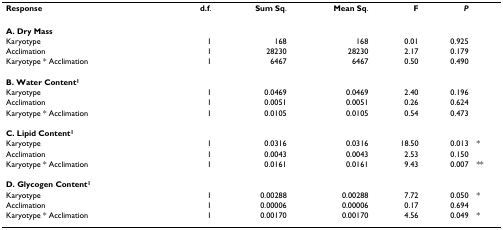
<table><thead><tr><td><b>Response</b></td><td><b>d.f.</b></td><td><b>Sum Sq.</b></td><td><b>Mean Sq.</b></td><td><b>F</b></td><td><b><i>P</i></b></td><td></td></tr></thead><tbody><tr><td><b>A. Dry Mass</b></td><td></td><td></td><td></td><td></td><td></td><td></td></tr><tr><td>Karyotype</td><td>1</td><td>168</td><td>168</td><td>0.01</td><td>0.925</td><td></td></tr><tr><td>Acclimation</td><td>1</td><td>28230</td><td>28230</td><td>2.17</td><td>0.179</td><td></td></tr><tr><td>Karyotype * Acclimation</td><td>1</td><td>6467</td><td>6467</td><td>0.50</td><td>0.490</td><td></td></tr><tr><td><b>B. Water Content<sup>1</sup></b></td><td></td><td></td><td></td><td></td><td></td><td></td></tr><tr><td>Karyotype</td><td>1</td><td>0.0469</td><td>0.0469</td><td>2.40</td><td>0.196</td><td></td></tr><tr><td>Acclimation</td><td>1</td><td>0.0051</td><td>0.0051</td><td>0.26</td><td>0.624</td><td></td></tr><tr><td>Karyotype * Acclimation</td><td>1</td><td>0.0105</td><td>0.0105</td><td>0.54</td><td>0.473</td><td></td></tr><tr><td><b>C. Lipid Content<sup>1</sup></b></td><td></td><td></td><td></td><td></td><td></td><td></td></tr><tr><td>Karyotype</td><td>1</td><td>0.0316</td><td>0.0316</td><td>18.50</td><td>0.013</td><td>*</td></tr><tr><td>Acclimation</td><td>1</td><td>0.0043</td><td>0.0043</td><td>2.53</td><td>0.150</td><td></td></tr><tr><td>Karyotype * Acclimation</td><td>1</td><td>0.0161</td><td>0.0161</td><td>9.43</td><td>0.007</td><td>**</td></tr><tr><td><b>D. Glycogen Content<sup>1</sup></b></td><td></td><td></td><td></td><td></td><td></td><td></td></tr><tr><td>Karyotype</td><td>1</td><td>0.00288</td><td>0.00288</td><td>7.72</td><td>0.050</td><td>*</td></tr><tr><td>Acclimation</td><td>1</td><td>0.00006</td><td>0.00006</td><td>0.17</td><td>0.694</td><td></td></tr><tr><td>Karyotype * Acclimation</td><td>1</td><td>0.00170</td><td>0.00170</td><td>4.56</td><td>0.049</td><td>*</td></tr></tbody></table>